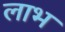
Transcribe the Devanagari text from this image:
लाभ्‍ा